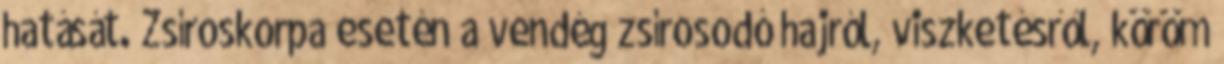
hatását. Zsíroskorpa esetén a vendég zsírosodó hajról, viszketésről, köröm